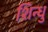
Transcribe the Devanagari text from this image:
शिन्धु